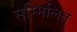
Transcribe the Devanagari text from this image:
सम्मिलित्